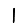
Digit: 1